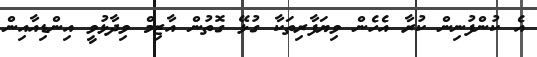
އެ ކުންފުނިން ކުރާ އެހެން ވިޔަފާރިތަކާ ގުޅޭ ގޮތުން އާޒިމް ވިދާޅުވީ އިންޑިއާއިން